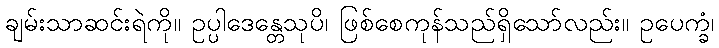
ချမ်းသာဆင်းရဲကို။ ဥပ္ပါဒေန္တေသုပိ၊ ဖြစ်စေကုန်သည်ရှိသော်လည်း။ ဥပေက္ခံ၊